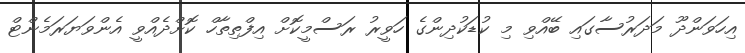
އިހަވަންދޫ މަދަރުސާގައި ބޭއްވި މި ކުޑަކުދިންގެ ހަވީރު ރަސްމީކޮށް އިފްތިތާހް ކޮށްދެއްވީ އެންވަޔަރަމެންޓް